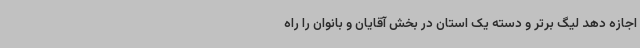
اجازه دهد لیگ برتر و دسته یک استان در بخش آقایان و بانوان را راه‌